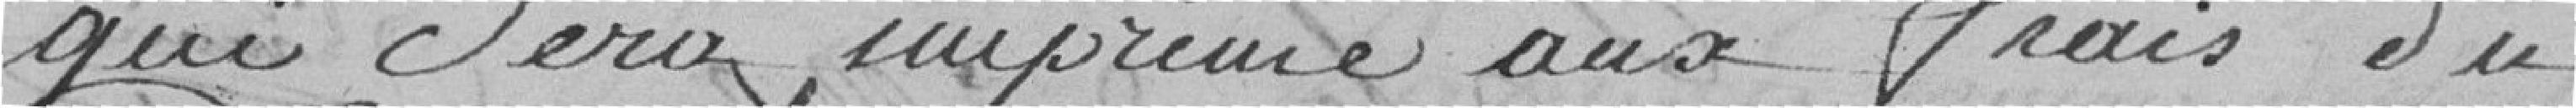
qui sera imprimé aux frais du